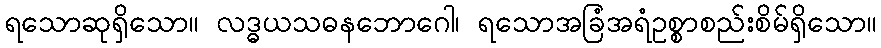
ရသောဆုရှိသော။ လဒ္ဓယသဓနဘောဂေါ၊ ရသောအခြံအရံဥစ္စာစည်းစိမ်ရှိသော။